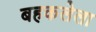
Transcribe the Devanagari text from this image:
बहकलेला